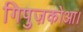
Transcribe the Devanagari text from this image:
गिपुज़कोआ।